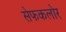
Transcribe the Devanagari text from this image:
सेफकलोर